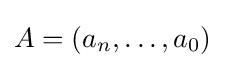
A=(a_{n},\ldots ,a_{0})